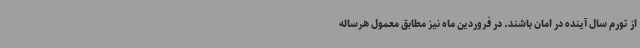
از تورم سال آینده در امان باشند. در فروردین ماه نیز مطابق معمول هرساله